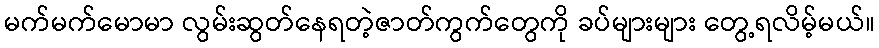
မက်မက်မောမာ လွမ်းဆွတ်နေရတဲ့ဇာတ်ကွက်တွေကို ခပ်များများ တွေ့ရလိမ့်မယ်။